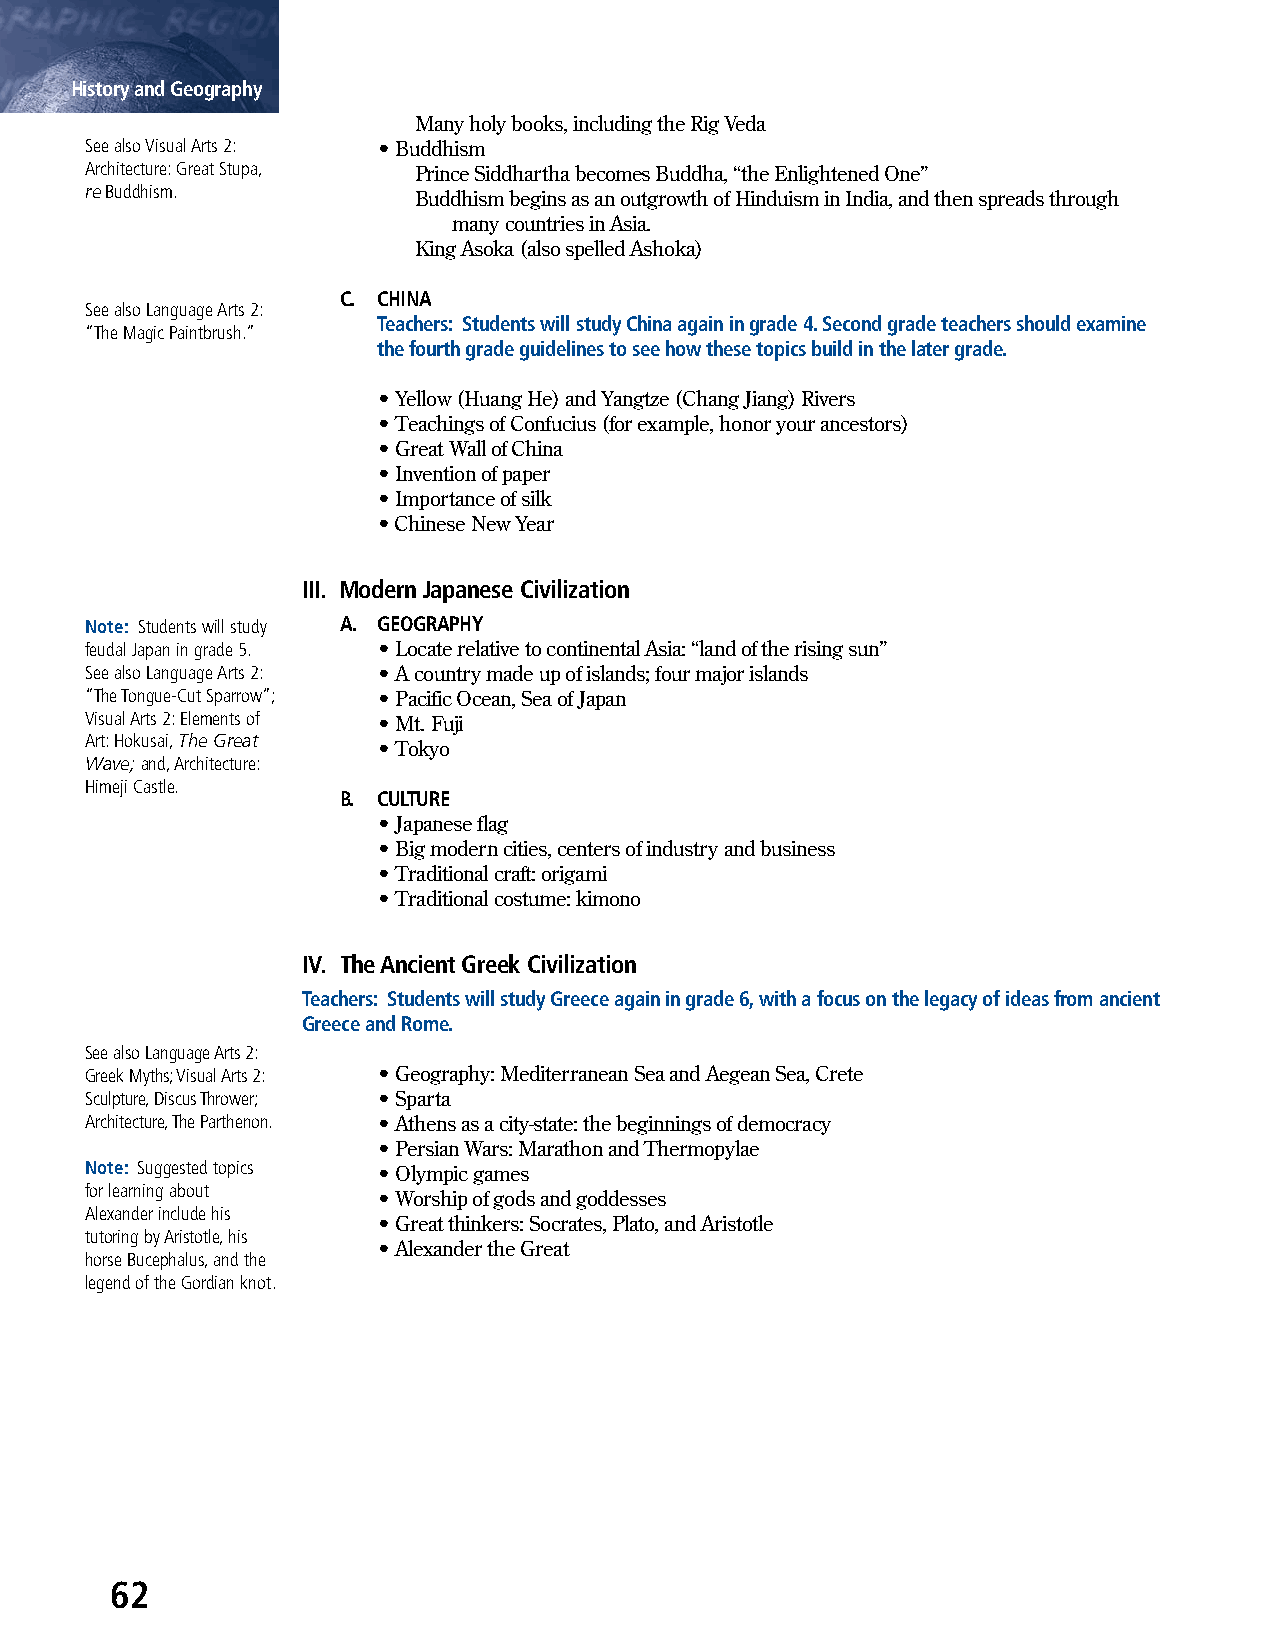
History and Geography
 Many holy books, including the Rig Veda
 See also Visual Arts 2: • Buddhism
 Architecture: Great Stupa, Prince Siddhartha becomes Buddha, “the Enlightened One”
 re Buddhism.
 Buddhism begins as an outgrowth of Hinduism in India, and then spreads through
 many countries in Asia.
 King Asoka (also spelled Ashoka)
 C. CHINA
 See also Language Arts 2:
 Teachers: Students will study China again in grade 4. Second grade teachers should examine
 “The Magic Paintbrush.”
 the fourth grade guidelines to see how these topics build in the later grade.
 • Yellow (Huang He) and Yangtze (Chang Jiang) Rivers
 • Teachings of Confucius (for example, honor your ancestors)
 • Great Wall of China
 • Invention of paper
 • Importance of silk
 • Chinese New Year
 III. Modern Japanese Civilization
 Note: Students will study A. GEOGRAPHY
 feudal Japan in grade 5. • Locate relative to continental Asia: “land of the rising sun”
 See also Language Arts 2: • A country made up of islands; four major islands
 “The Tongue-Cut Sparrow”; • Pacific Ocean, Sea of Japan
 Visual Arts 2: Elements of • Mt. Fuji
 Art: Hokusai, The Great
 • Tokyo
 Wave; and, Architecture:
 Himeji Castle.
 B. CULTURE
 • Japanese flag
 • Big modern cities, centers of industry and business
 • Traditional craft: origami
 • Traditional costume: kimono
 IV. The Ancient Greek Civilization
 Teachers: Students will study Greece again in grade 6, with a focus on the legacy of ideas from ancient
 Greece and Rome.
 See also Language Arts 2:
 Greek Myths; Visual Arts 2: • Geography: Mediterranean Sea and Aegean Sea, Crete
 Sculpture, Discus Thrower; • Sparta
 Architecture, The Parthenon. • Athens as a city-state: the beginnings of democracy
 • Persian Wars: Marathon and Thermopylae
 Note: Suggested topics • Olympic games
 for learning about
 • Worship of gods and goddesses
 Alexander include his
 • Great thinkers: Socrates, Plato, and Aristotle
 tutoring by Aristotle, his
 • Alexander the Great
 horse Bucephalus, and the
 legend of the Gordian knot.
 62